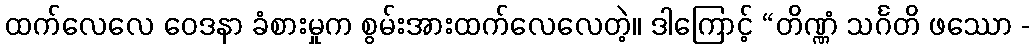
ထက်လေလေ ဝေဒနာ ခံစားမှုက စွမ်းအားထက်လေလေတဲ့။ ဒါကြောင့် “တိဏ္ဏံ သင်္ဂတိ ဖဿော -